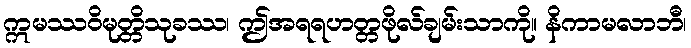
ဣမဿဝိမုတ္တိသုခဿ၊ ဤအရရဟတ္တဖိုလ်ချမ်းသာကို။ နိကာမလာဘီ၊